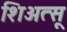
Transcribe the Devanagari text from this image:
शिअत्सू